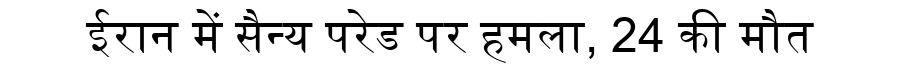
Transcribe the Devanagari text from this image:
ईरान में सैन्य परेड पर हमला, 24 की मौत